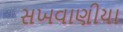
સખવાણીયા